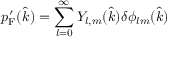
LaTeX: p _ { \mathrm { { F } } } ^ { \prime } ( { \hat { k } } ) = \sum _ { l = 0 } ^ { \infty } Y _ { l , m } ( { \hat { k } } ) \delta \phi _ { l m } ( { \hat { k } } )